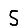
Digit: 5